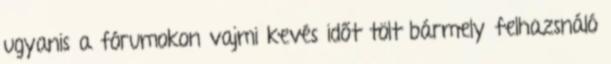
ugyanis a fórumokon vajmi kevés időt tölt bármely felhazsnáló